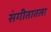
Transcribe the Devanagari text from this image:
संगीतातला